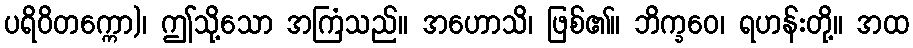
ပရိဝိတက္ကော)၊ ဤသို့သော အကြံသည်။ အဟောသိ၊ ဖြစ်၏။ ဘိက္ခဝေ၊ ရဟန်းတို့။ အထ